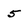
Character: 5